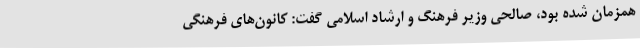
همزمان شده بود، صالحی وزیر فرهنگ و ارشاد اسلامی گفت: کانون‌های فرهنگی